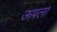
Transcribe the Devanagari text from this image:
ऊपला